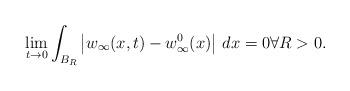
LaTeX: \begin{align*}\lim_{t\to 0}\int_{B_R}\left|w_{\infty}(x,t)-w_{\infty}^0(x)\right|\,dx=0 \forall R>0.\end{align*}